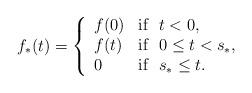
LaTeX: \begin{align*}f_{\ast}(t)=\left \{ \begin{array}{ll}f(0) & \mbox{if \ $t< 0$,}\\f(t) & \mbox{if \ $0\leq t< s_{\ast}$,}\\0 & \mbox{if \ $s_{\ast}\leq t$}.\end{array}\right.\end{align*}